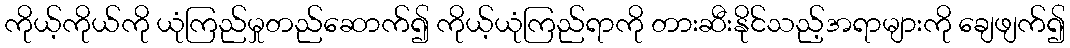
ကိုယ့်ကိုယ်ကို ယုံကြည်မှုတည်ဆောက်၍ ကိုယ့်ယုံကြည်ရာကို တားဆီးနိုင်သည့်အရာများကို ချေဖျက်၍